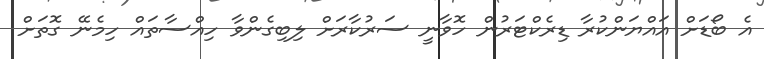
އެ ބޯޑަށް އައްޔަންކުރާ ޑިރެކްޓަރުން ހޮވާނީ ސަރުކާރަށް ލިބިގެންވާ ހިއްސާތައް ހިމެނޭ ގޮތަށް